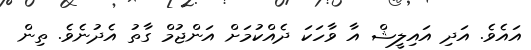
އައެވެ. އަދި އައިލީޝް އާ ވާހަކަ ދެއްކުމަށް އަންޖުމް ގާތު އެދުނެވެ. ތިން